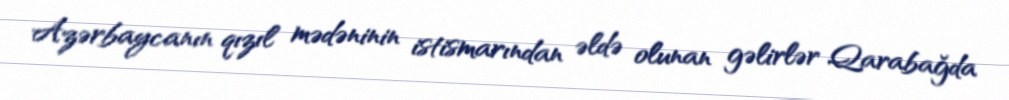
Azərbaycanın qızıl mədəninin istismarından əldə olunan gəlirlər Qarabağda